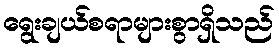
ရွေးချယ်စရာများစွာရှိသည်